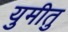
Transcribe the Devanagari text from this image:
युमीतु